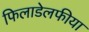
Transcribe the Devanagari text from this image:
फिलाडेलफीया